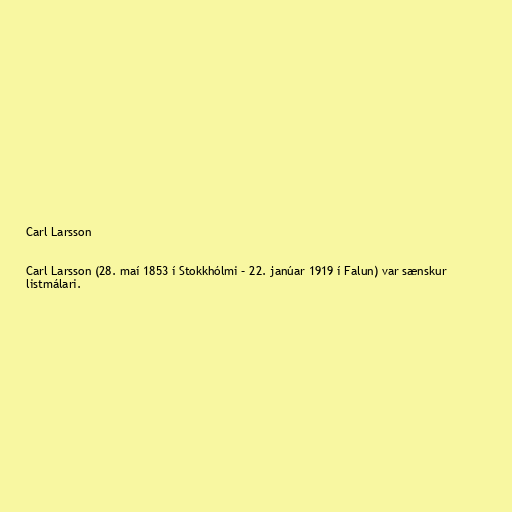
Carl Larsson

Carl Larsson (28. maí 1853 í Stokkhólmi – 22. janúar 1919 í Falun) var sænskur
listmálari.